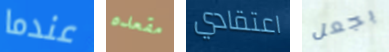
عندما مقعده اعتقادي بجعل